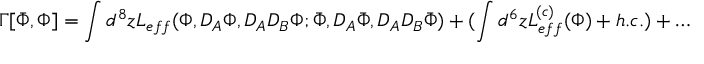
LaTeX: \Gamma [ \bar { \Phi } , \Phi ] = \int d ^ { 8 } z { \cal L } _ { e f f } ( \Phi , D _ { A } \Phi , D _ { A } D _ { B } \Phi ; \bar { \Phi } , D _ { A } \bar { \Phi } , D _ { A } D _ { B } \bar { \Phi } ) + ( \int d ^ { 6 } z { \cal L } _ { e f f } ^ { ( c ) } ( \Phi ) + h . c . ) + \ldots